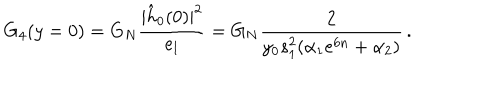
LaTeX: G _ { 4 } ( y = 0 ) = G _ { N } { \frac { | \hat { h } _ { 0 } ( 0 ) | ^ { 2 } } { e _ { l } } } = G _ { N } { \frac { 2 } { y _ { 0 } s _ { 1 } ^ { 2 } ( \alpha _ { 1 } e ^ { 6 n } + \alpha _ { 2 } ) } } \, .